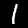
Label: 1